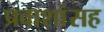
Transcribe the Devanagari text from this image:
प्रवाशांसह